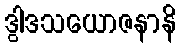
ဒွါဒသယောဇနာနိ